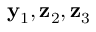
{ \bf y } _ { 1 } , { \bf z } _ { 2 } , { \bf z } _ { 3 }